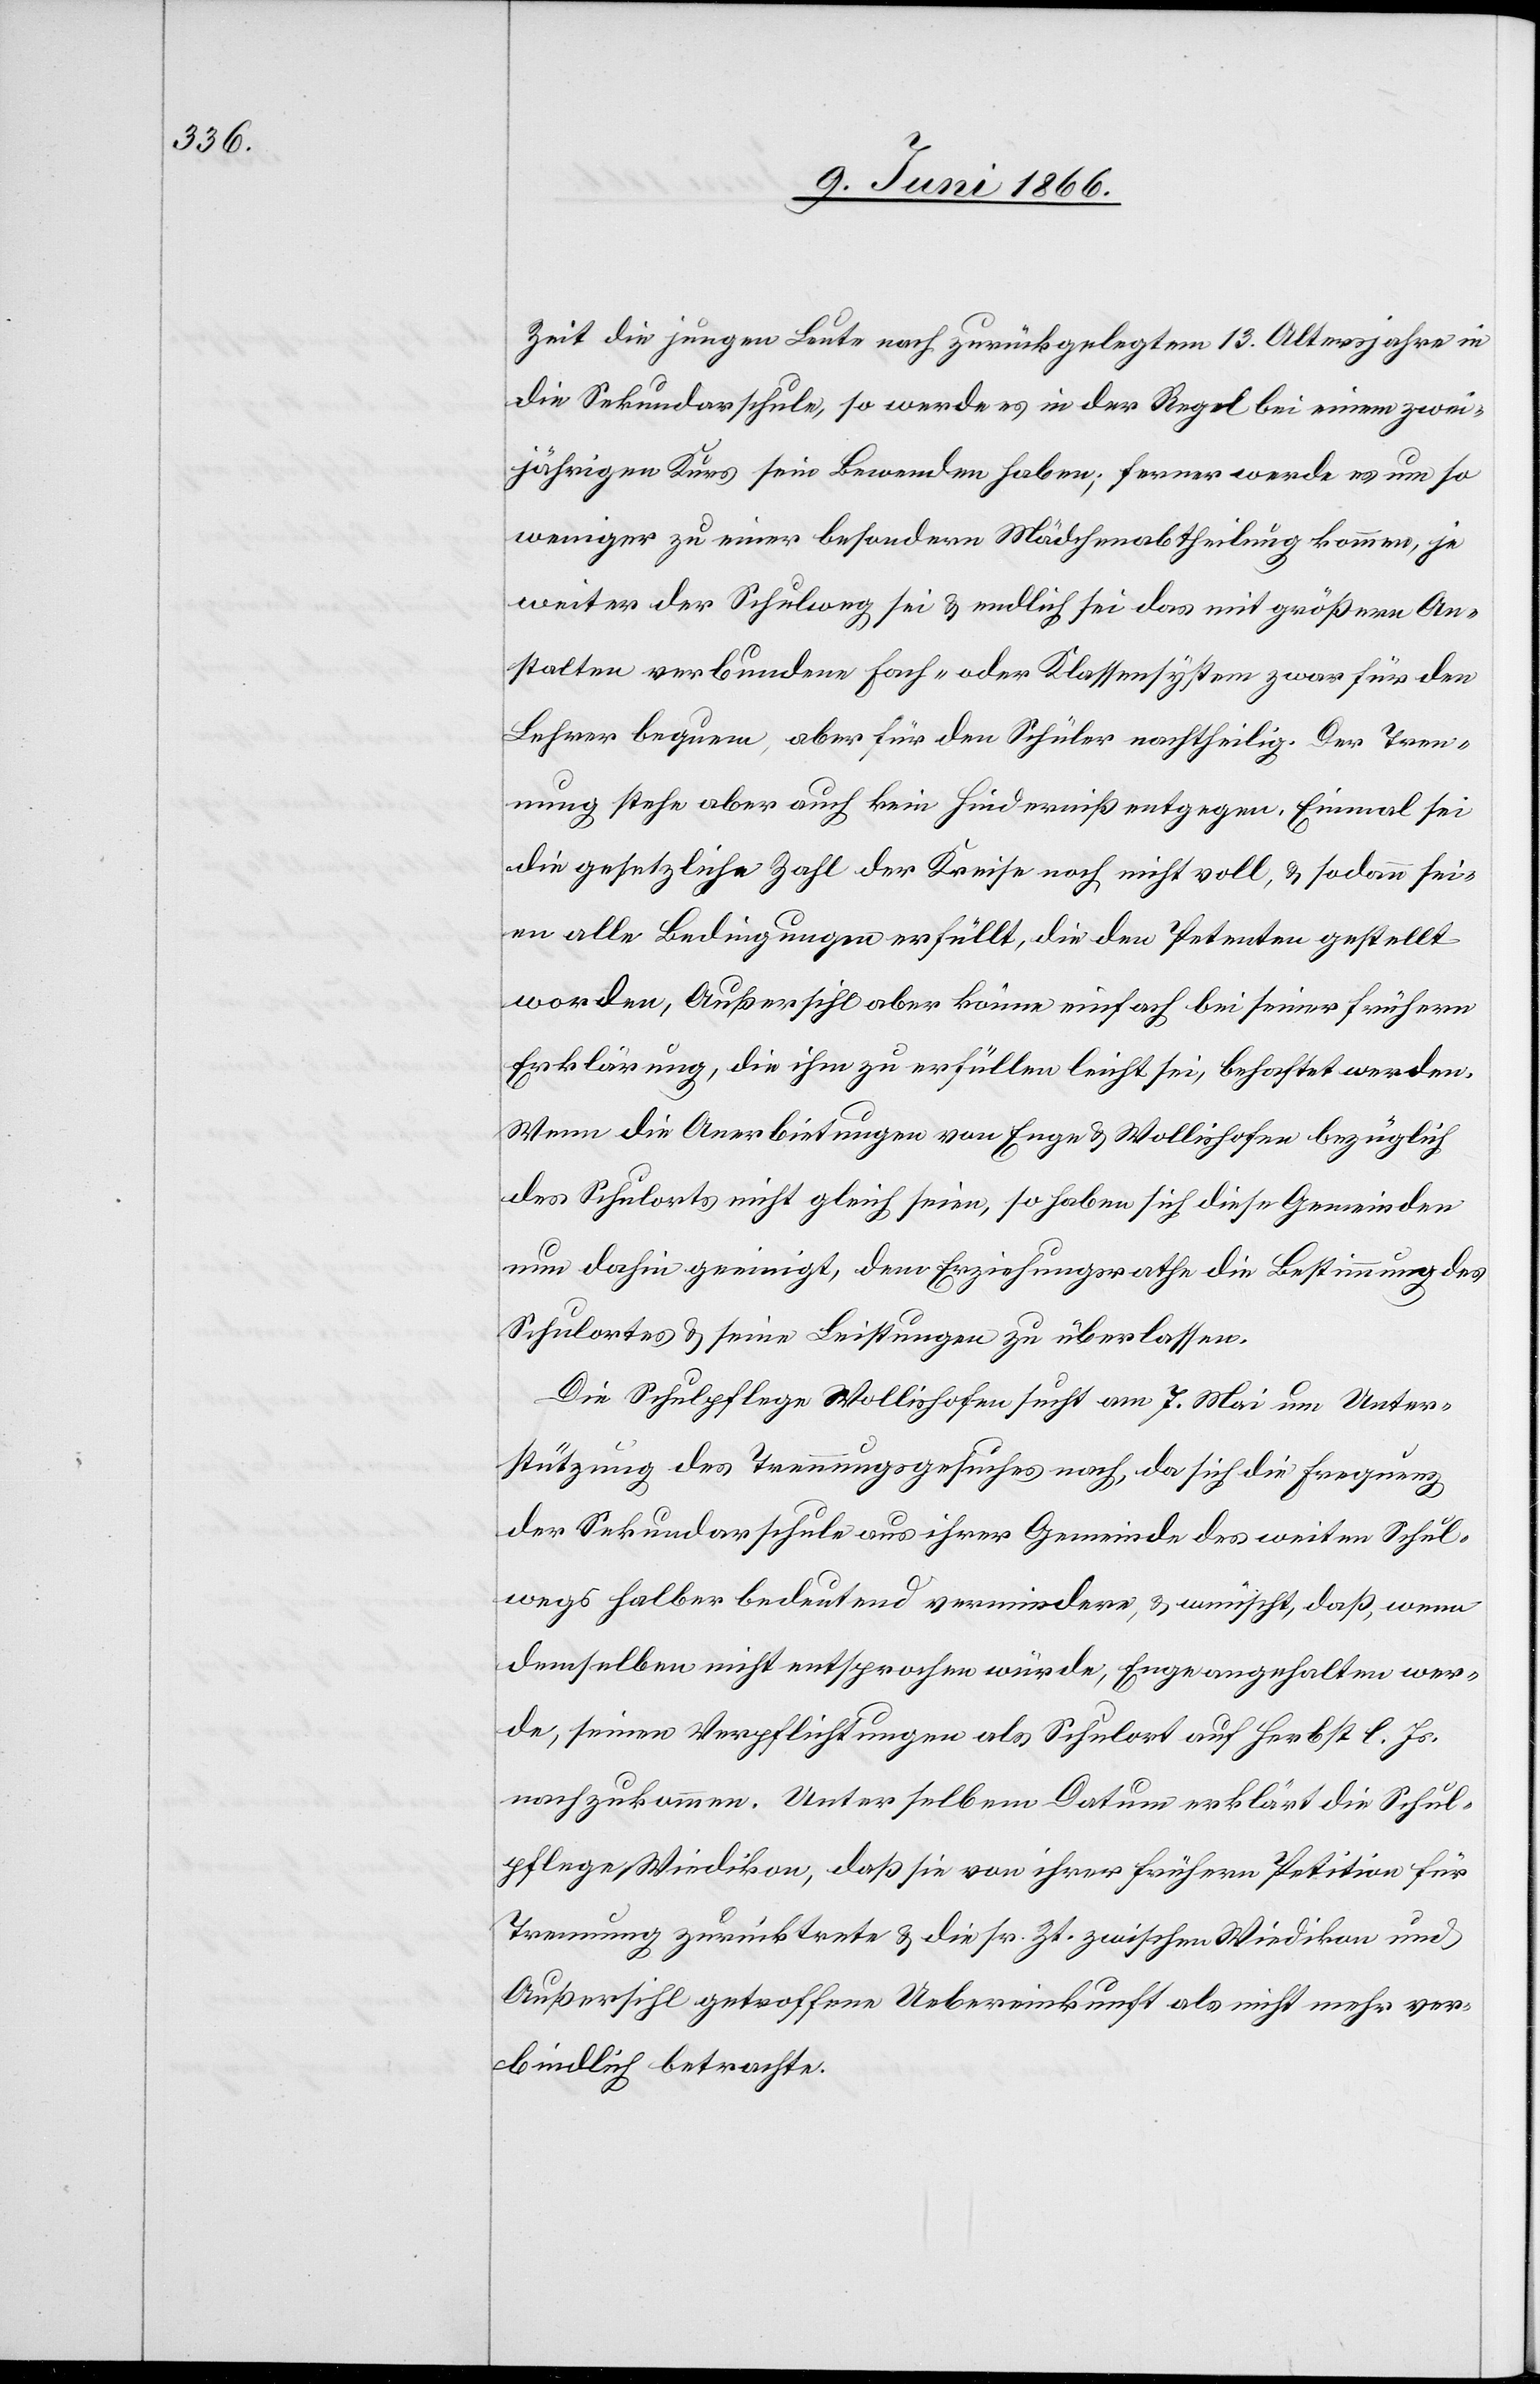
Zeit die jungen Leute nach zurückgelegtem 13. Altersjahr in
die Sekundarschule, so werde es in der Regel bei einem zwei¬
jährigen Kurs sein Bewenden haben; ferner werde es um so
weniger zu einer besondern Mädchenabtheilung kommen, je
weiter der Schulweg sei u. endlich sei das mit größern An¬
stalten verbundene Fach- oder Klassensystem zwar für den
Lehrer bequem, aber für den Schüler nachtheilig. Der Tren¬
nung stehe aber kein Hinderniß entgegen. Einmal sei
die gesetzliche Zahl der Kreise noch nicht voll, u. sodann sei¬
en alle Bedingungen erfüllt, die den Petenten gestellt
worden, Außersihl aber könne einfach bei seiner frühern
Erklärung, die ihm zu erfüllten leicht sei, behaftet werden.
Wenn die Anerbietungen von Enge u. Wollishofen bezüglich
des Schulorts nicht gleich seien, so haben sich diese Gemeinden
nun dahin geeinigt, dem Erziehungsrathe die Bestimmung des
Schulortes u. seine Leistungen zu überlassen.
Die Schulpflege Wollishofen sucht am 7. Mai um Unter¬
stützung des Trennungsgesuches nach, da sich die Frequenz
der Sekundarschule aus ihrer Gemeinde des weiten Schul¬
wegs halber bedeutend vermindere, u. wünscht, daß, wenn
demselben nicht entsprochen würde, Enge angehalten wer¬
de, seinen Verpflichtungen als Schulort auf Herbst l. Js.
nachzukommen. Unter selbem Datum erklärt die Schul¬
pflege Wiedikon, daß sie von ihrer frühern Petition für
Trennung zurücktrete u. die sr. Zt. zwischen Wiedikon und
Außersihl getroffene Uebereinkunft als nicht mehr ver¬
bindliche betrachte.